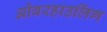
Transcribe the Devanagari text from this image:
ओवरहाउलिंग